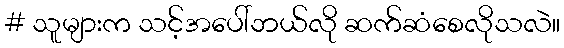
# သူများက သင့်အပေါ်ဘယ်လို ဆက်ဆံစေလိုသလဲ။